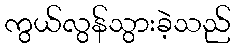
ကွယ်လွန်သွားခဲ့သည်